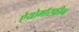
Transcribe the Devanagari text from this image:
ऐयोमॉरफ़ीन